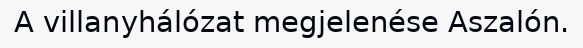
A villanyhálózat megjelenése Aszalón.